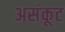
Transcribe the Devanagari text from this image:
असंकूट